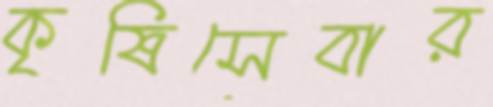
কৃষিসেবার